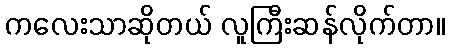
ကလေးသာဆိုတယ် လူကြီးဆန်လိုက်တာ။